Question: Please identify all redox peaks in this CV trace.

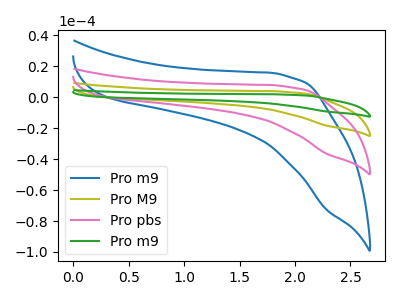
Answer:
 <answer>The blue curve "Pro m9" has no peaks. The olive curve "Pro M9" has no peaks. The pink curve "Pro pbs" has no peaks. The green curve "Pro m9" has no peaks.</answer>
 <eval></eval>